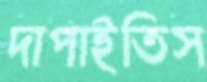
দাপাইতিস